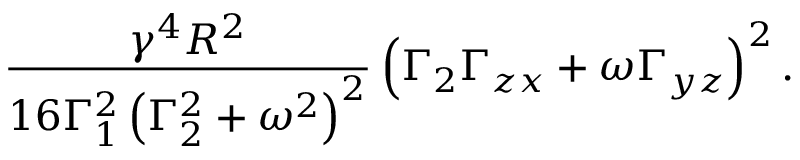
\frac { \gamma ^ { 4 } R ^ { 2 } } { 1 6 \Gamma _ { 1 } ^ { 2 } \left( \Gamma _ { 2 } ^ { 2 } + \omega ^ { 2 } \right) ^ { 2 } } \left( \Gamma _ { 2 } \Gamma _ { z x } + \omega \Gamma _ { y z } \right) ^ { 2 } .